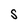
Character: S